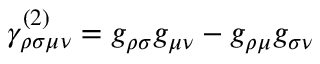
\gamma _ { \rho \sigma \mu \nu } ^ { ( 2 ) } = g _ { \rho \sigma } g _ { \mu \nu } - g _ { \rho \mu } g _ { \sigma \nu }